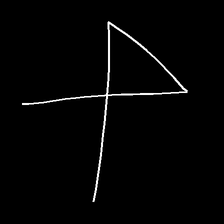
Glyph: collection